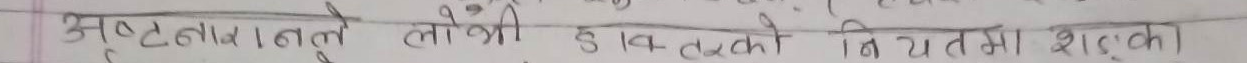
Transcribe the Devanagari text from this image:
अष्टताले को ठिक नियतमा शंका